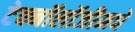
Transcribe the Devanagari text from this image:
टेक्नॉलॉजीमधे